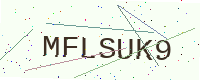
Text: MFLSUK9